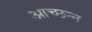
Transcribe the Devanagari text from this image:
आच्छन्‍न